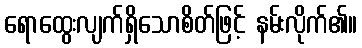
ရောထွေးလျက်ရှိသောစိတ်ဖြင့် နမ်းလိုက်၏။